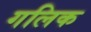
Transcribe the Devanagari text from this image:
गलिक